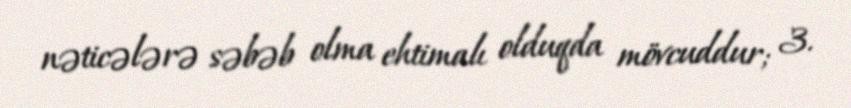
nəticələrə səbəb olma ehtimalı olduqda mövcuddur; 3.